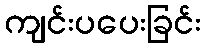
ကျင်းပပေးခြင်း